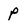
Character: P